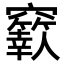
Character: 𥩁